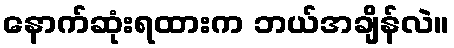
နောက်ဆုံးရထားက ဘယ်အချိန်လဲ။